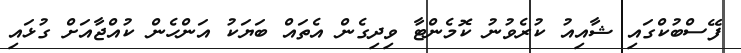
ފޭސްބުކްގައި ޝާއިއު ކުރެވުނު ކޮމެންޓާ ވިދިގެން އެތައް ބަޔަކު އަންހެން ކުއްޖާއަށް ގުޅައި